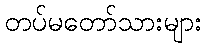
တပ်မတော်သားများ